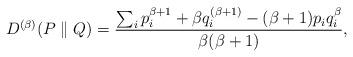
LaTeX: \begin{align*} \begin{aligned} D^{(\beta)}(P\parallel Q) =\frac{\sum_i p_i^{\beta+1}+\beta q_i^{(\beta+1)} -(\beta+1)p_iq_i^{\beta} }{\beta(\beta+1)}, \end{aligned}\end{align*}